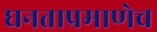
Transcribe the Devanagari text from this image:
घनताप्रमाणेच